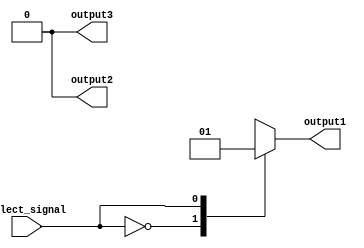
module full_case_statement (
    input wire select_signal,
    output reg output1,
    output reg output2,
    output reg output3
);

always @(*)
begin
    case (select_signal)
        2'b00: begin
            // Define logic for case when select_signal is 00
            output1 <= 1'b0;
            output2 <= 1'b0;
            output3 <= 1'b0;
        end
        
        2'b01: begin
            // Define logic for case when select_signal is 01
            output1 <= 1'b1;
            output2 <= 1'b0;
            output3 <= 1'b0;
        end
        
        2'b10: begin
            // Define logic for case when select_signal is 10
            output1 <= 1'b0;
            output2 <= 1'b1;
            output3 <= 1'b0;
        end
        
        2'b11: begin
            // Define logic for case when select_signal is 11
            output1 <= 1'b0;
            output2 <= 1'b0;
            output3 <= 1'b1;
        end
        
        default: begin
            // Define default behavior
            output1 <= 1'bX;
            output2 <= 1'bX;
            output3 <= 1'bX;
        end
    endcase
end

endmodule